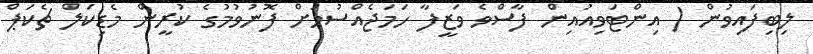
ލިބިފައިވުން ( އިންޓަވިއުއިން ފާސްވެ ވަޒީފާ ހަމަޖެއްސުމަށް ފޮނުވުމުގެ ކުރީން މެޑިކަލް ޗެކަޕް